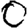
Digit: 0